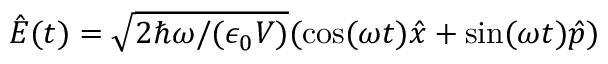
\hat { E } ( t ) = \sqrt { 2 \hbar \omega / ( \epsilon _ { 0 } V ) } ( \cos ( \omega t ) \hat { x } + \sin ( \omega t ) \hat { p } )